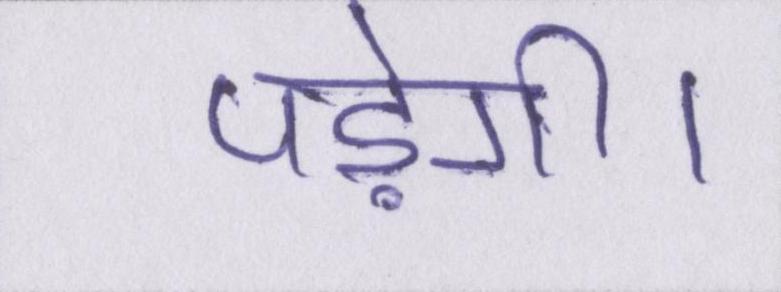
पड़ेगी।